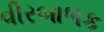
વીરબાળક